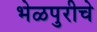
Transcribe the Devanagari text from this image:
भेळपुरीचे